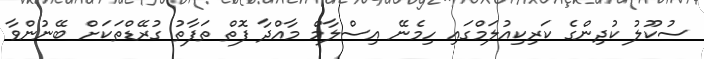
ސުކޫލު ކުދިންގެ ކަރިކިއުލަމްގައި ހިމެނޭ އިސްލާމް މާއްދާ ފޮތް ތަފާތު ގުރޭޑްތަކަށް ބޭނުންވާ